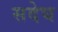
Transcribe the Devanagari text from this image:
सदेघ